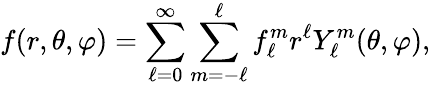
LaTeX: f(r,\theta,\varphi)=\sum_{\ell=0}^{\infty}\sum_{m=-\ell}^{\ell}f_{\ell}^{m}r^{\ell}Y_{\ell}^{m}(\theta,\varphi),